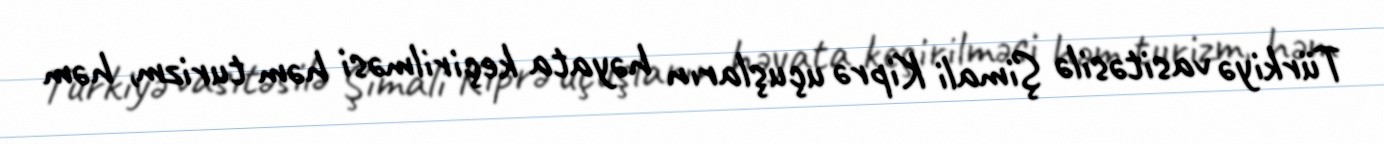
Türkiyə vasitəsilə Şimali Kiprə uçuşların həyata keçirilməsi həm turizm, həm